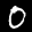
Label: 0